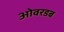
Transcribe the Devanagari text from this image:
ओवरडब